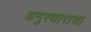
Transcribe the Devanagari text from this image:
अनुस्वाराचा